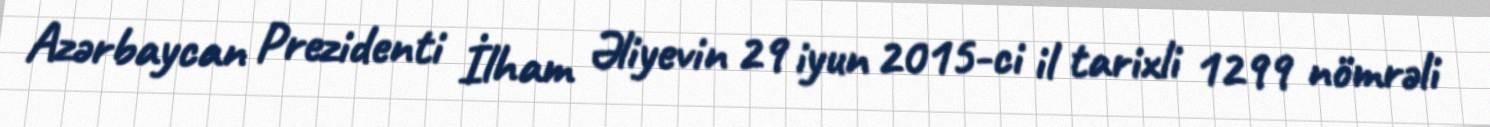
Azərbaycan Prezidenti İlham Əliyevin 29 iyun 2015-ci il tarixli 1299 nömrəli